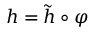
h = { \tilde { h } } \circ \varphi